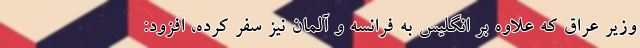
وزیر عراق که علاوه بر انگلیس به فرانسه و آلمان نیز سفر کرده، افزود: